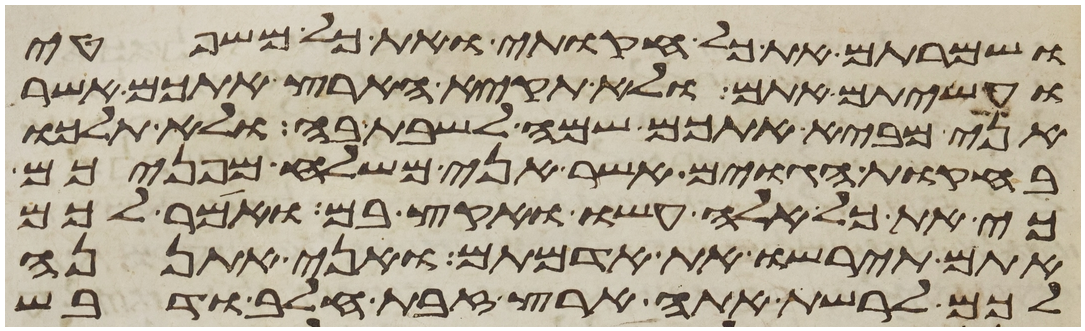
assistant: ושמרתם את כל חקותי ואת כל משפטי
ועשיתם אתם ולא תקיא הארץ אתכם אשר
אני מביא אתכם שמה לשבת בה ולא תלכו
בחקות הגוים אשר אני משלח מפניכם
כי את כל אלה עשו ואקץ בם ואמר לכם
אתם תירשו את אדמתם ואני אתננה
לכם לרשת אתה ארץ זבת חלב ודבש